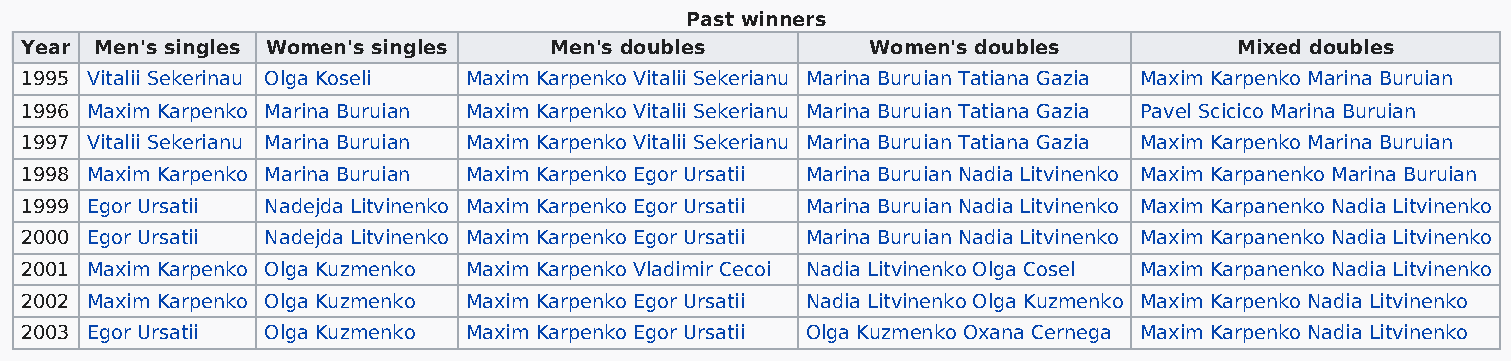
Past winners
 Year Men's singles Women's singles Men's doubles         Women's doubles         Mixed doubles
 1995 Vitalii Sekerinau Olga Koseli Maxim Karpenko Vitalii Sekerianu Marina Buruian Tatiana Gazia Maxim Karpenko Marina Buruian
 1996 Maxim Karpenko Marina Buruian Maxim Karpenko Vitalii Sekerianu Marina Buruian Tatiana Gazia Pavel Scicico Marina Buruian
 1997 Vitalii Sekerianu Marina Buruian Maxim Karpenko Vitalii Sekerianu Marina Buruian Tatiana Gazia Maxim Karpenko Marina Buruian
 1998 Maxim Karpenko Marina Buruian Maxim Karpenko Egor Ursatii Marina Buruian Nadia Litvinenko Maxim Karpanenko Marina Buruian
 1999 Egor Ursatii Nadejda Litvinenko Maxim Karpenko Egor Ursatii Marina Buruian Nadia Litvinenko Maxim Karpanenko Nadia Litvinenko
 2000 Egor Ursatii Nadejda Litvinenko Maxim Karpenko Egor Ursatii Marina Buruian Nadia Litvinenko Maxim Karpanenko Nadia Litvinenko
 2001 Maxim Karpenko Olga Kuzmenko Maxim Karpenko Vladimir Cecoi Nadia Litvinenko Olga Cosel Maxim Karpanenko Nadia Litvinenko
 2002 Maxim Karpenko Olga Kuzmenko Maxim Karpenko Egor Ursatii Nadia Litvinenko Olga Kuzmenko Maxim Karpenko Nadia Litvinenko
 2003 Egor Ursatii Olga Kuzmenko Maxim Karpenko Egor Ursatii Olga Kuzmenko Oxana Cernega Maxim Karpenko Nadia Litvinenko